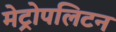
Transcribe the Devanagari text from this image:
मेट्रोपलिटन